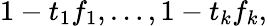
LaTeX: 1-t_{1}f_{1},\ldots,1-t_{k}f_{k},